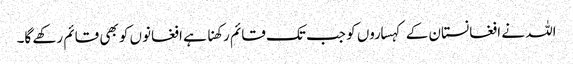
اللہ نے افغانستان کے کہساروں کو جب تک قائم رکھنا ہے افغانوں کو بھی قائم رکھے گا۔